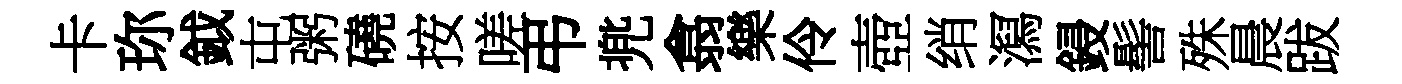
卡珎鉞屯粥磽按嗟弔兠翕樂伶壺绡㵼鋟髻殊晨跋